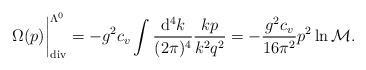
LaTeX: \begin{align*}\Omega(p) \bigg|_\mathrm{div}^{\Lambda^0}=-g^2c_v\int\frac{\mathrm{d}^4k}{(2\pi)^4}\frac{kp}{k^2q^2}=-\frac{g^2c_v}{16\pi^2}p^2\ln\mathcal{M}.\end{align*}